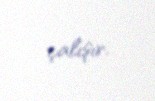
çalışır.